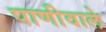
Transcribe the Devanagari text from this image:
पाणीवाले